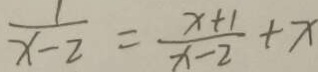
\frac { 1 } { x - 2 } = \frac { x + 1 } { x - 2 } + x